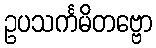
ဥပသင်္ကမိတဗ္ဗော